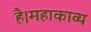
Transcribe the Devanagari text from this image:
है।महाकाव्य